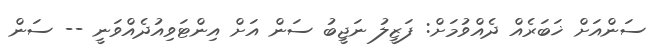
ސަންއަށް ޚަބަރެއް ދެއްވުމަށް: ފަޒީލު ނަޖީބު ސަން އަށް އިންޓަވިއުދެއްވަނީ -- ސަން